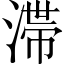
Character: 𣻉